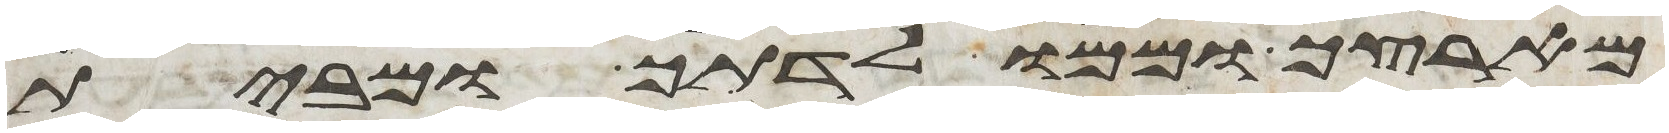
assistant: מארצך וממולדתך ומבית